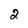
Character: 2